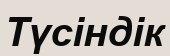
Түсіндік